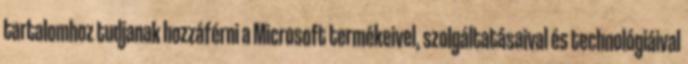
tartalomhoz tudjanak hozzáférni a Microsoft termékeivel, szolgáltatásaival és technológiáival